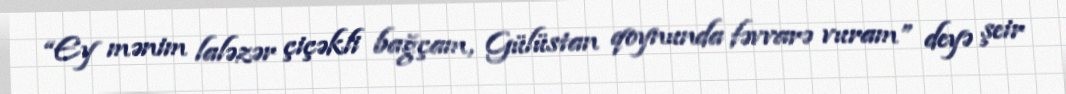
“Ey mənim laləzər çiçəkli bağçam, Gülüstan qoynunda fəvvarə vuram” deyə şeir